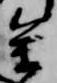
参